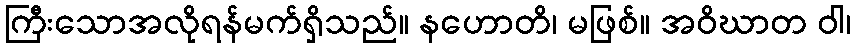
ကြီးသောအလိုရန်မက်ရှိသည်။ နဟောတိ၊ မဖြစ်။ အဝိဃာတ ဝါ၊